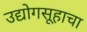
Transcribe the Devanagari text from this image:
उद्योगसूहाचा